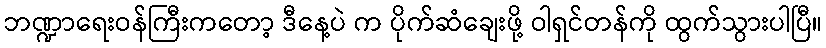
ဘဏ္ဍာရေးဝန်ကြီးကတော့ ဒီနေ့ပဲ က ပိုက်ဆံချေးဖို့ ဝါရှင်တန်ကို ထွက်သွားပါပြီ။